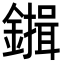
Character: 𮣇